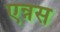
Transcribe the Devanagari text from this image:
एन्नस